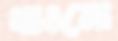
খাওনো